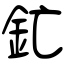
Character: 釯